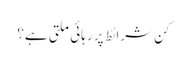
کن شرائط پر رہائی ملتی ہے؟